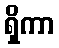
ရှိကာ